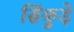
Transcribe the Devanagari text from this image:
सिंकुड़े